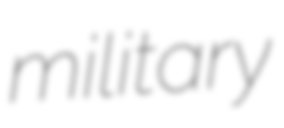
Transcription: military